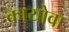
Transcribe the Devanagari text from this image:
कायोवा